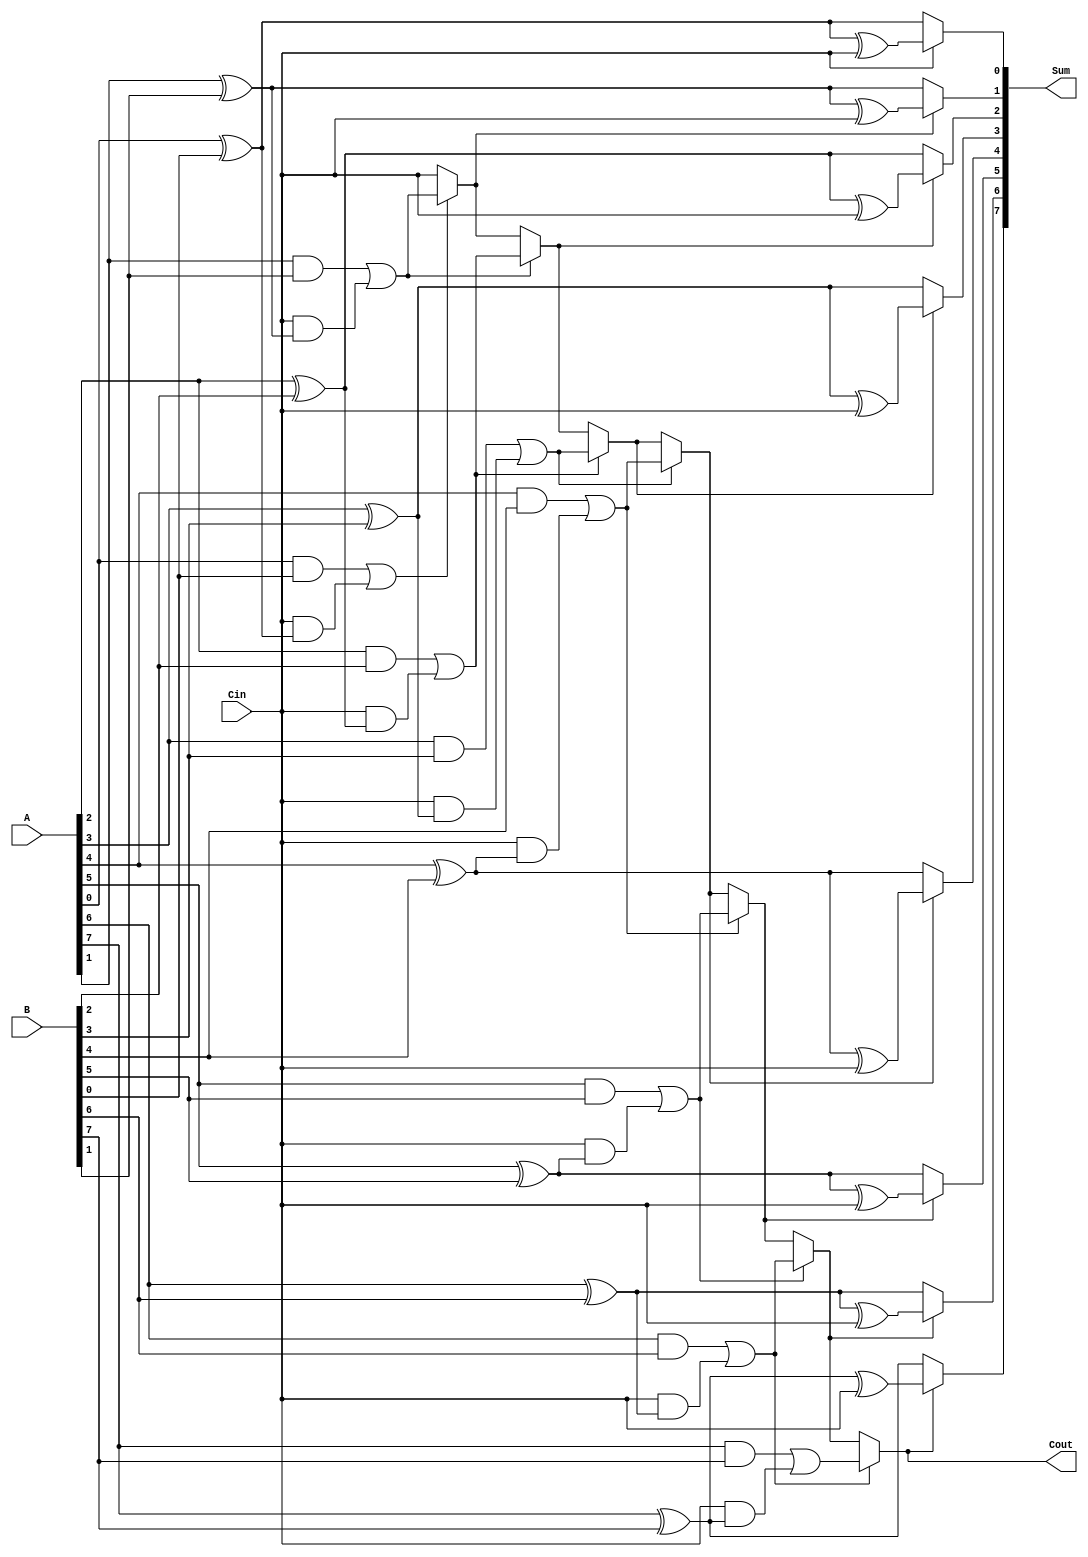
module ConditionalSumAdder #(
    parameter N = 8  // Number of bits
) (
    input  [N-1:0] A,  // First n-bit input
    input  [N-1:0] B,  // Second n-bit input
    input          Cin, // Carry-in
    output [N-1:0] Sum, // n-bit sum output
    output         Cout  // Carry-out output
);

    // Intermediate signals for sum and carry generation
    wire [N-1:0] S0, S1; // S0: Sum without carry, S1: Sum with carry
    wire [N-1:0] C1;     // Carry out for each bit
    wire [N-1:0] C;      // Carry propagation signals

    // Generate S0, S1, and C1 for each bit
    genvar i;
    generate
        for (i = 0; i < N; i = i + 1) begin : CSA
            assign S0[i] = A[i] ^ B[i]; // Sum without carry
            assign S1[i] = S0[i] ^ Cin;  // Sum with carry
            
            assign C1[i] = (A[i] & B[i]) | (Cin & S0[i]); // Carry out
        end
    endgenerate

    // Carry propagation logic
    assign C[0] = Cin; // Initial carry is Cin
    generate
        for (i = 1; i < N; i = i + 1) begin : CarryPropagation
            assign C[i] = C1[i-1] ? C1[i] : C[i-1]; // Propagate carry conditionally
        end
    endgenerate

    // Final sum calculation based on carry propagation
    generate
        for (i = 0; i < N; i = i + 1) begin : FinalSum
            assign Sum[i] = C[i] ? S1[i] : S0[i]; // Select sum based on carry
        end
    endgenerate

    // Final carry-out
    assign Cout = C[N-1]; // Carry out from the last bit

endmodule